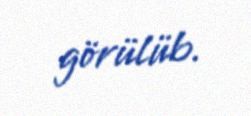
görülüb.